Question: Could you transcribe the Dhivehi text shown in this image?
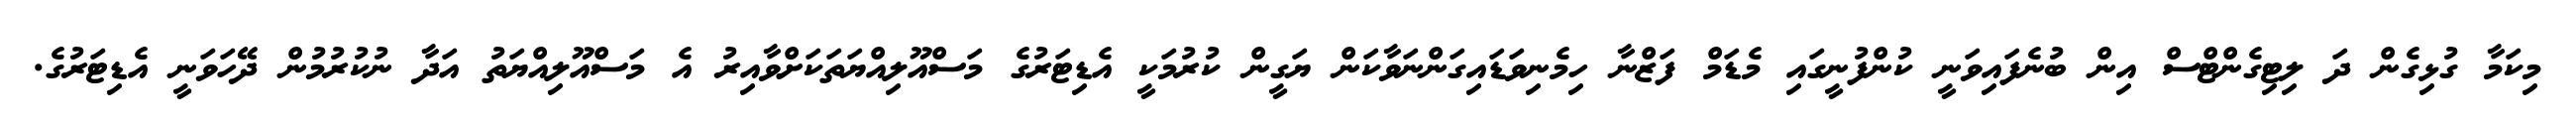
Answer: މިކަމާ ގުޅިގެން ދަ ލިޓިގެންޓްސް އިން ބުނެފައިވަނީ ކުންފުނީގައި މެޑަމް ފަޒްނާ ހިމެނިވަޑައިގަންނަވާކަން ޔަގީން ކުރުމަކީ އެޑިޓަރުގެ މަސްއޫލިއްޔަތަކަށްވާއިރު އެ މަސްއޫލިއްޔަތު އަދާ ނުކުރުމުން ދޭހަވަނީ އެޑިޓަރުގެ.